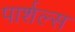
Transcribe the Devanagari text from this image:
पार्शल्स